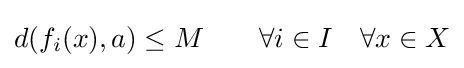
d(f_{i}(x),a)\leq M\qquad \forall i\in I\quad \forall x\in X